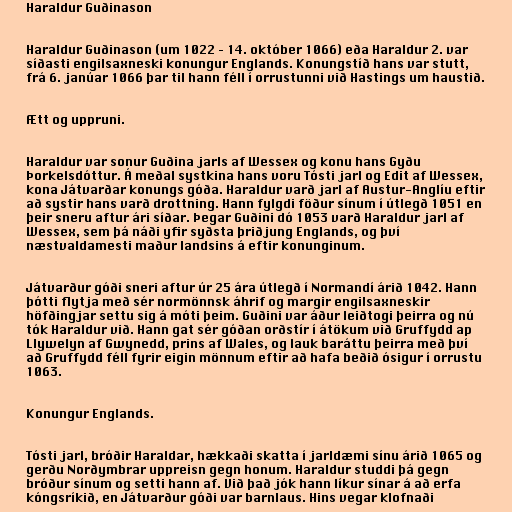
Haraldur Guðinason

Haraldur Guðinason (um 1022 – 14. október 1066) eða Haraldur 2. var
síðasti engilsaxneski konungur Englands. Konungstíð hans var stutt,
frá 6. janúar 1066 þar til hann féll í orrustunni við Hastings um haustið.

Ætt og uppruni.

Haraldur var sonur Guðina jarls af Wessex og konu hans Gyðu
Þorkelsdóttur. Á meðal systkina hans voru Tósti jarl og Edit af Wessex,
kona Játvarðar konungs góða. Haraldur varð jarl af Austur-Anglíu eftir
að systir hans varð drottning. Hann fylgdi föður sínum í útlegð 1051 en
þeir sneru aftur ári síðar. Þegar Guðini dó 1053 varð Haraldur jarl af
Wessex, sem þá náði yfir syðsta þriðjung Englands, og því
næstvaldamesti maður landsins á eftir konunginum.

Játvarður góði sneri aftur úr 25 ára útlegð í Normandí árið 1042. Hann
þótti flytja með sér normönnsk áhrif og margir engilsaxneskir
höfðingjar settu sig á móti þeim. Guðini var áður leiðtogi þeirra og nú
tók Haraldur við. Hann gat sér góðan orðstír í átökum við Gruffydd ap
Llywelyn af Gwynedd, prins af Wales, og lauk baráttu þeirra með því
að Gruffydd féll fyrir eigin mönnum eftir að hafa beðið ósigur í orrustu
1063.

Konungur Englands.

Tósti jarl, bróðir Haraldar, hækkaði skatta í jarldæmi sínu árið 1065 og
gerðu Norðymbrar uppreisn gegn honum. Haraldur studdi þá gegn
bróður sínum og setti hann af. Við það jók hann líkur sínar á að erfa
kóngsríkið, en Játvarður góði var barnlaus. Hins vegar klofnaði